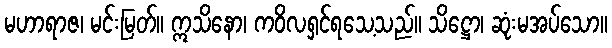
မဟာရာဇ၊ မင်းမြတ်။ ဣသိနော၊ ကဝိလရှင်ရသေ့သည်။ သိဋ္ဌော၊ ဆုံးမအပ်သော။